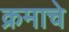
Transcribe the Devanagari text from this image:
क्रमाचे